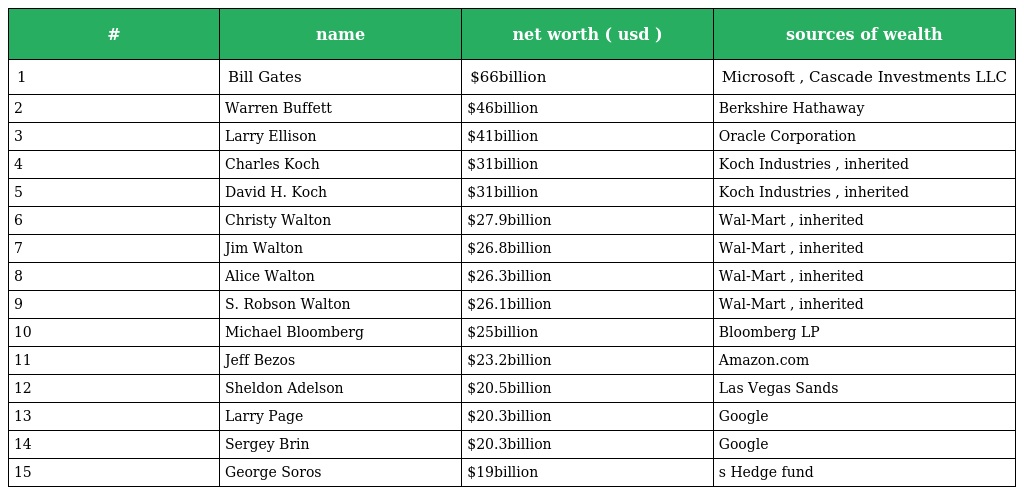
| # | name | net worth ( usd ) | sources of wealth |
 | --- | --- | --- | --- |
 | 1 | Bill Gates | $66billion | Microsoft , Cascade Investments LLC |
 | 2 | Warren Buffett | $46billion | Berkshire Hathaway |
 | 3 | Larry Ellison | $41billion | Oracle Corporation |
 | 4 | Charles Koch | $31billion | Koch Industries , inherited |
 | 5 | David H. Koch | $31billion | Koch Industries , inherited |
 | 6 | Christy Walton | $27.9billion | Wal-Mart , inherited |
 | 7 | Jim Walton | $26.8billion | Wal-Mart , inherited |
 | 8 | Alice Walton | $26.3billion | Wal-Mart , inherited |
 | 9 | S. Robson Walton | $26.1billion | Wal-Mart , inherited |
 | 10 | Michael Bloomberg | $25billion | Bloomberg LP |
 | 11 | Jeff Bezos | $23.2billion | Amazon.com |
 | 12 | Sheldon Adelson | $20.5billion | Las Vegas Sands |
 | 13 | Larry Page | $20.3billion | Google |
 | 14 | Sergey Brin | $20.3billion | Google |
 | 15 | George Soros | $19billion | s Hedge fund |